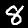
Digit: 8